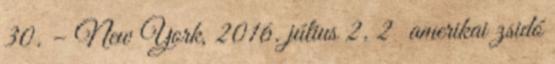
30. – New York, 2016. július 2. 2 amerikai zsidó